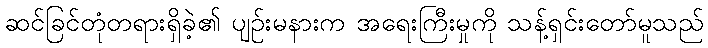
ဆင်ခြင်တုံတရားရှိခဲ့၏ ပျဉ်းမနားက အရေးကြီးမှုကို သန့်ရှင်းတော်မူသည်